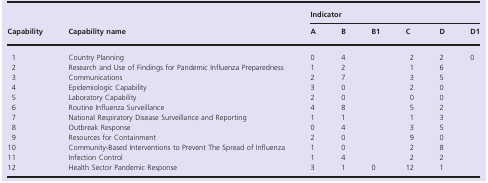
| <ROWSPAN=2> Capability | <ROWSPAN=2> Capability name | <COLSPAN=6> Indicator |
 | A | B | B1 | C | D | D1 |
 | --- | --- | --- | --- | --- | --- | --- | --- |
 | 1 | Country Planning | 0 | 4 |  | 2 | 2 | 0 |
 | 2 | Research and Use of Findings for Pandemic Influenza Preparedness | 1 | 2 |  | 1 | 6 |  |
 | 3 | Communications | 2 | 7 |  | 3 | 5 |  |
 | 4 | Epidemiologic Capability | 3 | 0 |  | 2 | 0 |  |
 | 5 | Laboratory Capability | 2 | 0 |  | 0 | 0 |  |
 | 6 | Routine Influenza Surveillance | 4 | 8 |  | 5 | 2 |  |
 | 7 | National Respiratory Disease Surveillance and Reporting | 1 | 1 |  | 1 | 3 |  |
 | 8 | Outbreak Response | 0 | 4 |  | 3 | 5 |  |
 | 9 | Resources for Containment | 2 | 0 |  | 9 | 0 |  |
 | 10 | Community-Based Interventions to Prevent The Spread of Influenza | 1 | 0 |  | 2 | 8 |  |
 | 11 | Infection Control | 1 | 4 |  | 2 | 2 |  |
 | 12 | Health Sector Pandemic Response | 3 | 1 | 0 | 12 | 1 |  |